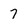
Character: 7